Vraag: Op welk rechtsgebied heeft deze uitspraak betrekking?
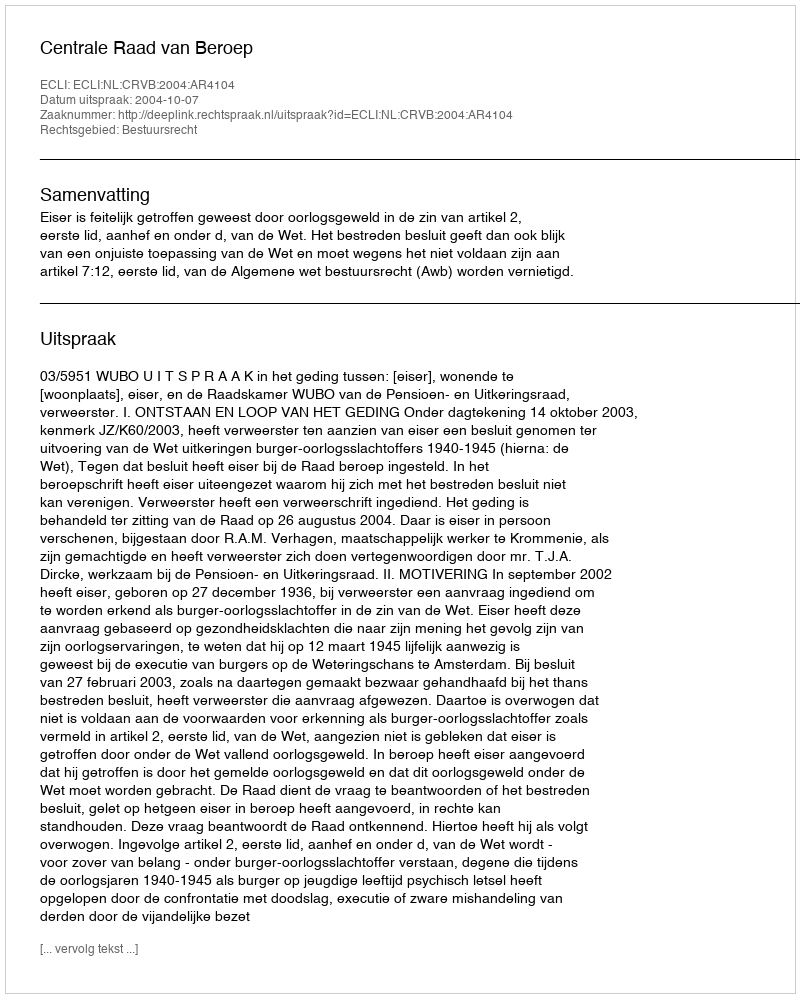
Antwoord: Bestuursrecht